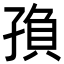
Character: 𡥼